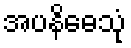
အပနိဓေသုံ